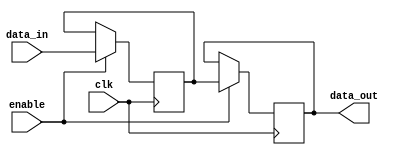
module disable_block (
    input wire clk,            // Clock signal
    input wire enable,         // Control signal to enable/disable the block
    input wire [7:0] data_in,  // Input data
    output reg [7:0] data_out   // Output data
);

// Internal state variable
reg [7:0] internal_state;

// Always block to handle the enable/disable logic
always @(posedge clk) begin
    if (enable) begin
        // If enabled, update the internal state and output
        internal_state <= data_in; // Process input data
        data_out <= internal_state; // Update output
    end else begin
        // If disabled, retain the previous output state
        data_out <= data_out; // Output remains unchanged
    end
end

endmodule